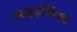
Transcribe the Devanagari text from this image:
साइट्श्रिफ्ट